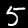
Label: 5